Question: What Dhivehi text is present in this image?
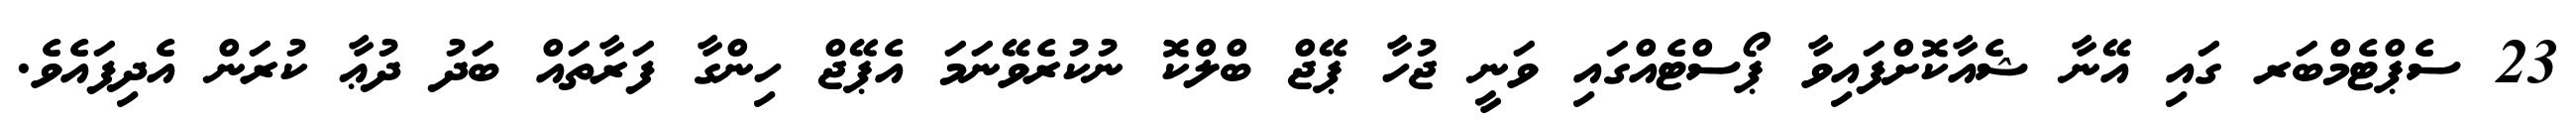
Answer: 23 ސެޕްޓެމްބަރ ގައި އޭނާ ޝެއާކޮށްފައިވާ ޕޯސްޓެއްގައި ވަނީ ޖުހާ ޕޭޖް ބްލްކޮ ނުކުރެވޭނަމަ އެޕޭޖް ހިންގާ ފަރާތައް ބަދު ދުޢާ ކުރަން އެދިފައެވެ.